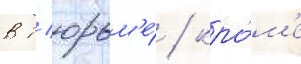
в т'юрьм'е́ / кро́м'е